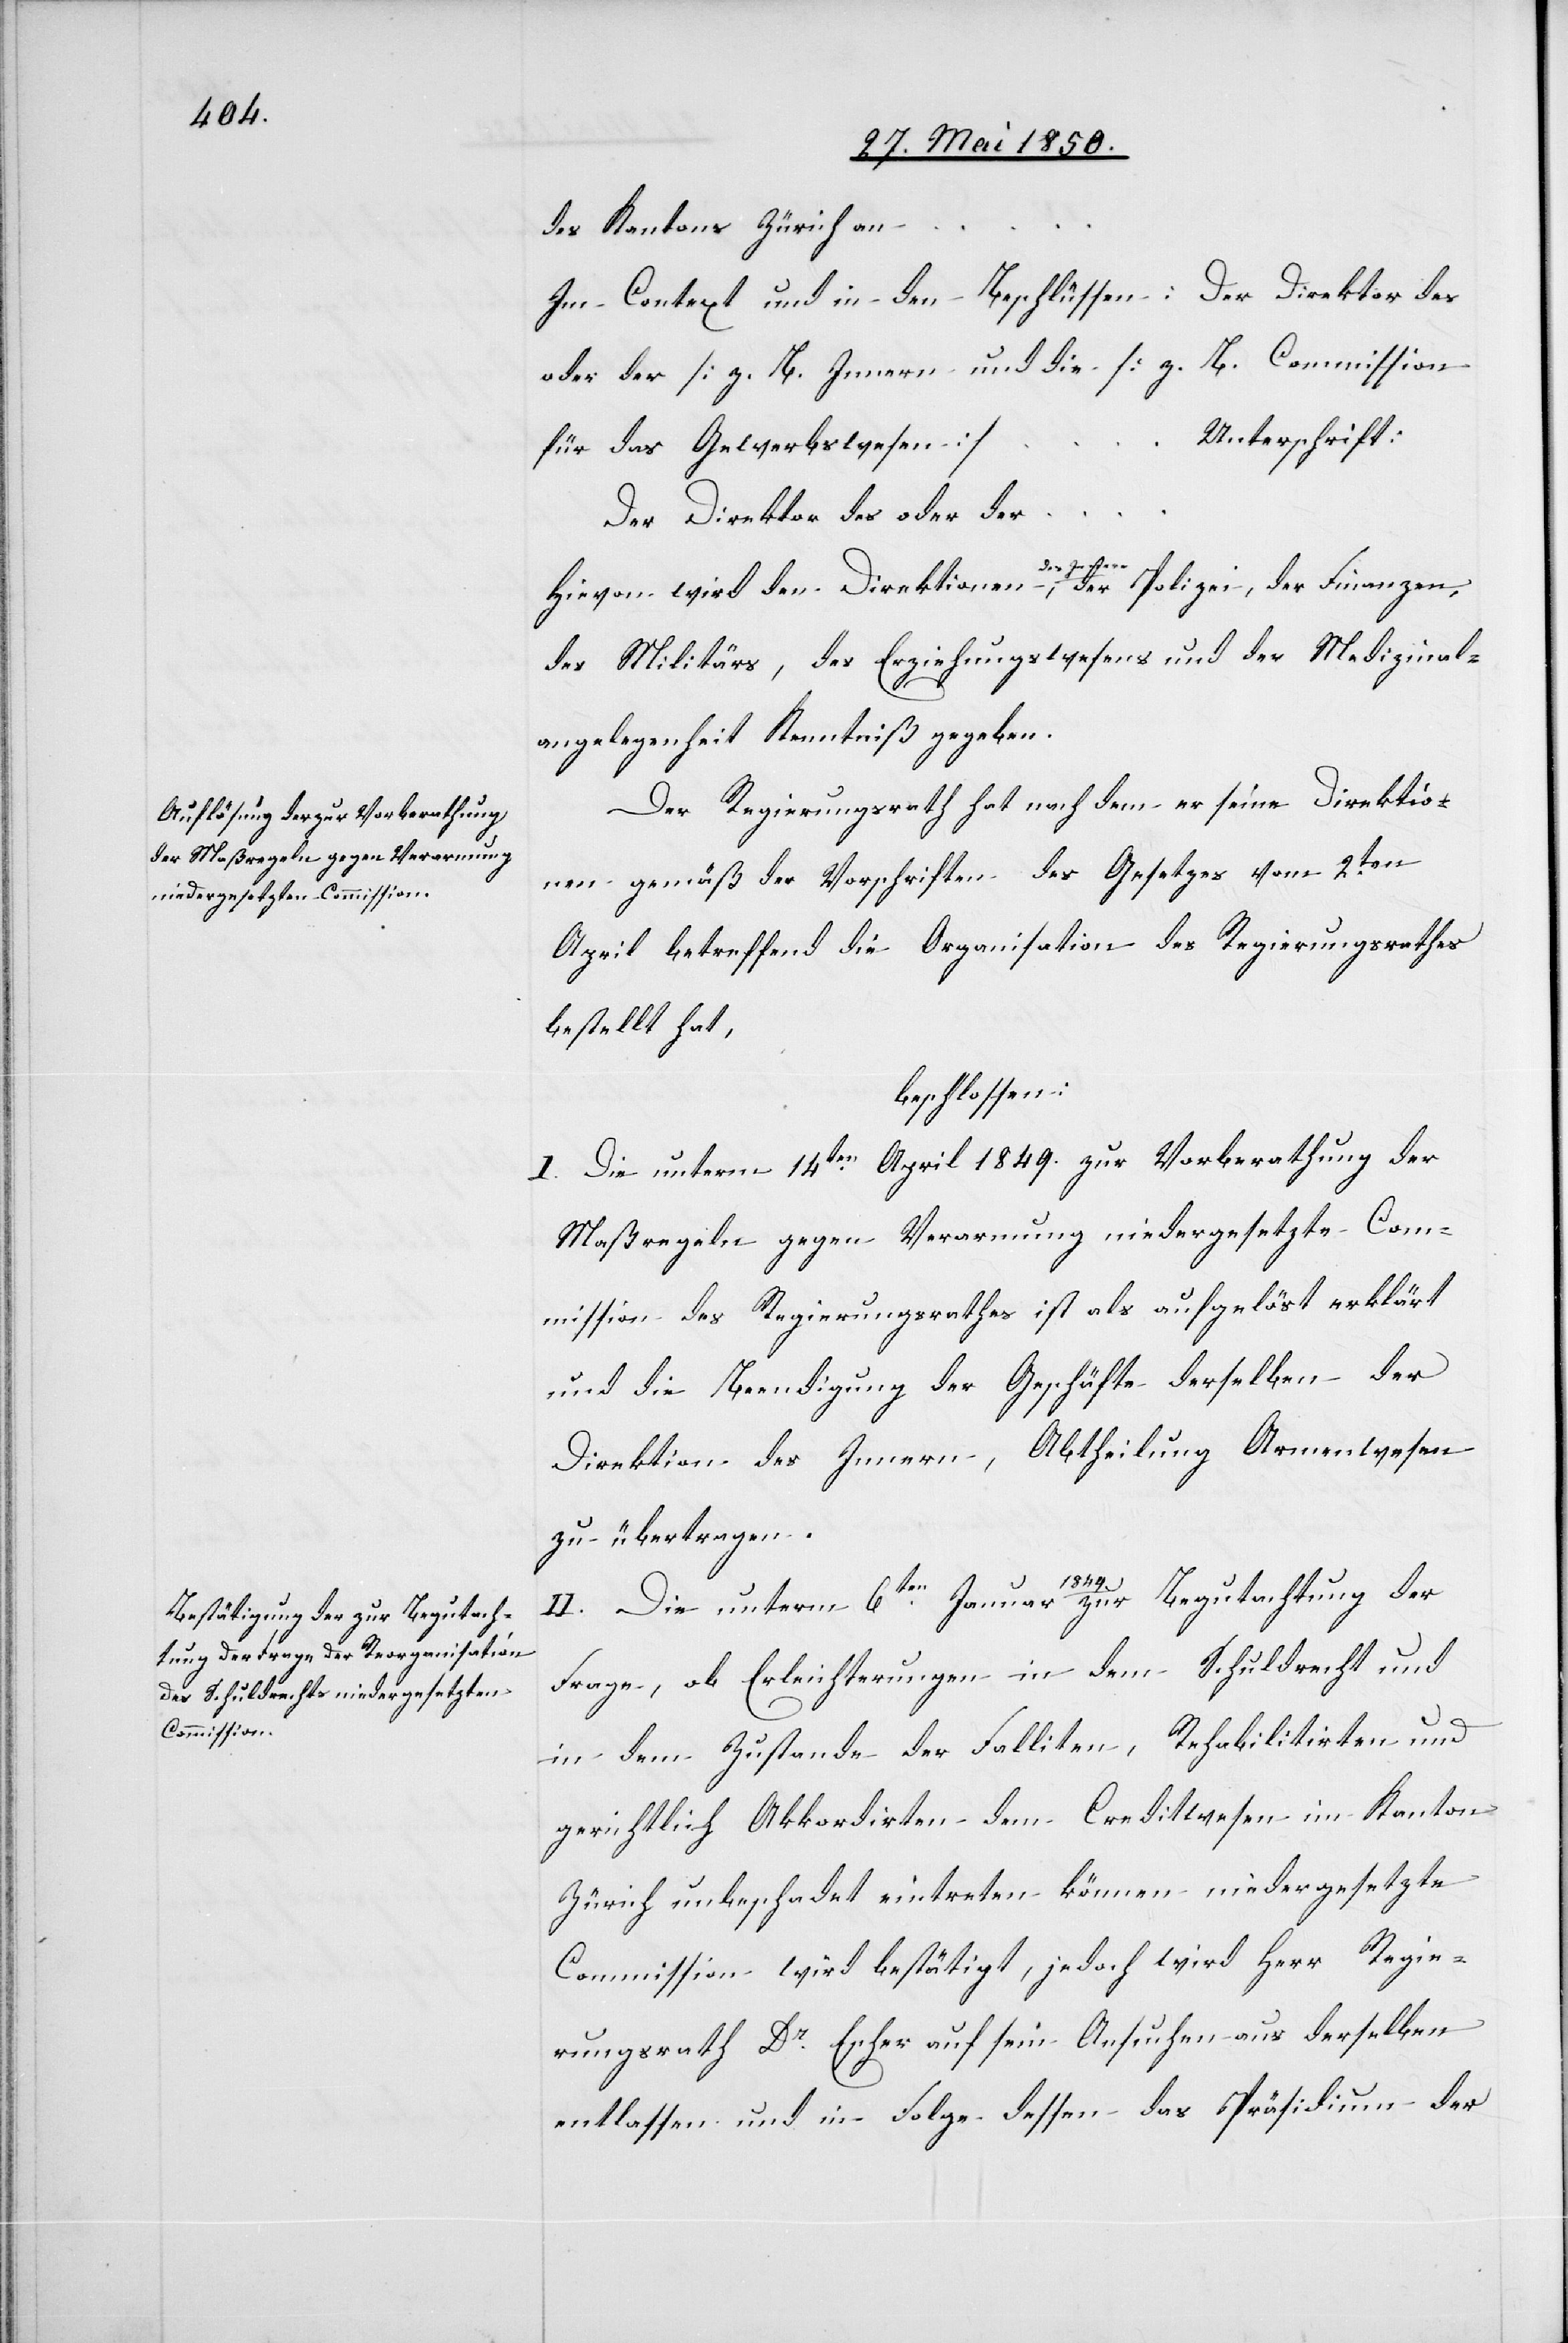
des Kantons Zürich an
Im Context und in den Beschlüssen: Der Direktor des
oder der [z. B. Innern[]] und die [z. B. Commission
Unterschrift:
für das Gewerbswesen]
Der Direktor des oder der
der
Hievon wird den Direktionen des Innern, der Polizei,
des Militärs, des Erziehungswesens und der Medizinal¬
angelegenheit Kenntniß gegeben.
Der Regierungsrath hat nach dem er seine Direktio¬
nen gemäß der Vorschriften des Gesetzes vom 2ten
April betreffend die Organisation des Regierungsrathes
bestellt hat,
beschlossen:
I. Die unterm 14ten April 1849. zur Vorberathung der
Maßregeln gegen Verarmung niedergesetzte Com¬
mission des Regierungsrathes ist als aufgelöst erklärt
und die Beendigung der Geschäfte derselben der
Direktion des Innern, Abtheilung Armenwesen
zu übertragen.
…
II. Die unterm 6ten Januar 1849 zur Begutachtung der
Frage, ob Erleichterungen in dem Schuldrecht und
in dem Zustande der Falliten, Rehabilitirten und
gerichtlich Akkordirten dem Creditwesen im Kanton
Zürich unbeschadet eintreten können niedergesetzte
Commission wird bestätigt, jedoch wird Herr Regie¬
rungsrath Dr Escher auf sein Ansuchen aus derselben
entlassen und in Folge dessen das Präsidium der